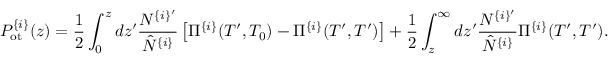
P _ { \mathrm { o t } } ^ { \{ i \} } ( z ) = \frac { 1 } { 2 } \int _ { 0 } ^ { z } d z ^ { \prime } \frac { N ^ { \{ i \} ^ { \prime } } } { \hat { N } ^ { \{ i \} } } \left[ \Pi ^ { \{ i \} } ( T ^ { \prime } , T _ { 0 } ) - \Pi ^ { \{ i \} } ( T ^ { \prime } , T ^ { \prime } ) \right] + \frac { 1 } { 2 } \int _ { z } ^ { \infty } d z ^ { \prime } \frac { N ^ { \{ i \} ^ { \prime } } } { \hat { N } ^ { \{ i \} } } \Pi ^ { \{ i \} } ( T ^ { \prime } , T ^ { \prime } ) .